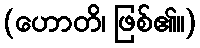
(ဟောတိ၊ ဖြစ်၏။)